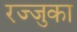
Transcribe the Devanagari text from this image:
रज्जुका